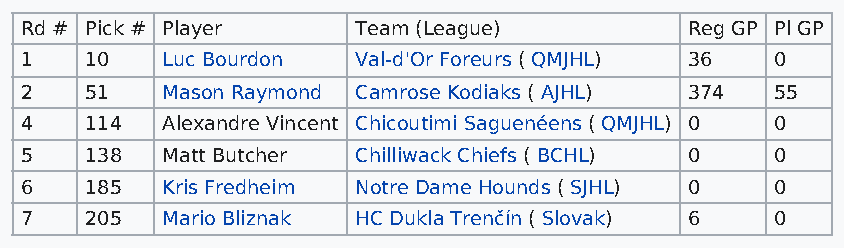
Rd # Pick # Player     Team (League)         Reg GP Pl GP
 1    10   Luc Bourdon  Val-d'Or Foreurs ( QMJHL) 36 0
 2    51   Mason Raymond Camrose Kodiaks ( AJHL) 374 55
 4    114  Alexandre Vincent Chicoutimi Saguenéens ( QMJHL) 0 0
 5    138  Matt Butcher Chilliwack Chiefs ( BCHL) 0 0
 6    185  Kris Fredheim Notre Dame Hounds ( SJHL) 0 0
 7    205  Mario Bliznak HC Dukla Trenčín ( Slovak) 6 0